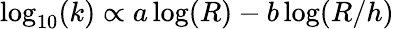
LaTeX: \log_{10}(k)\propto a\log(R)-b\log(R/h)